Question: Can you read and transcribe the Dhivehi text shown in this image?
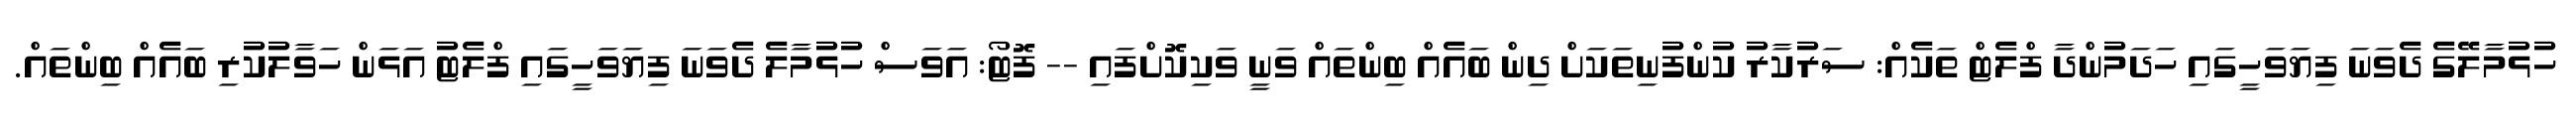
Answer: ހުޅުމާލޭގެ ދެވަނަ ފިޔަވަހީގައި ހަދަމުންދާ ފްލެޓް ތަކެއް: ސަރުކާރު ކުންފުނިތަކަށް ދިން ބައެއް ބިންތައް ވަނީ ވަކިކޮށްފައި -- ފޮޓޯ: އަވަސް ހުޅުމާލެ ދެވަނަ ފިޔަވަހީގައި ފްލެޓު އަޅަން ހަވާލުކުރި ބައެއް ބިންތައް.